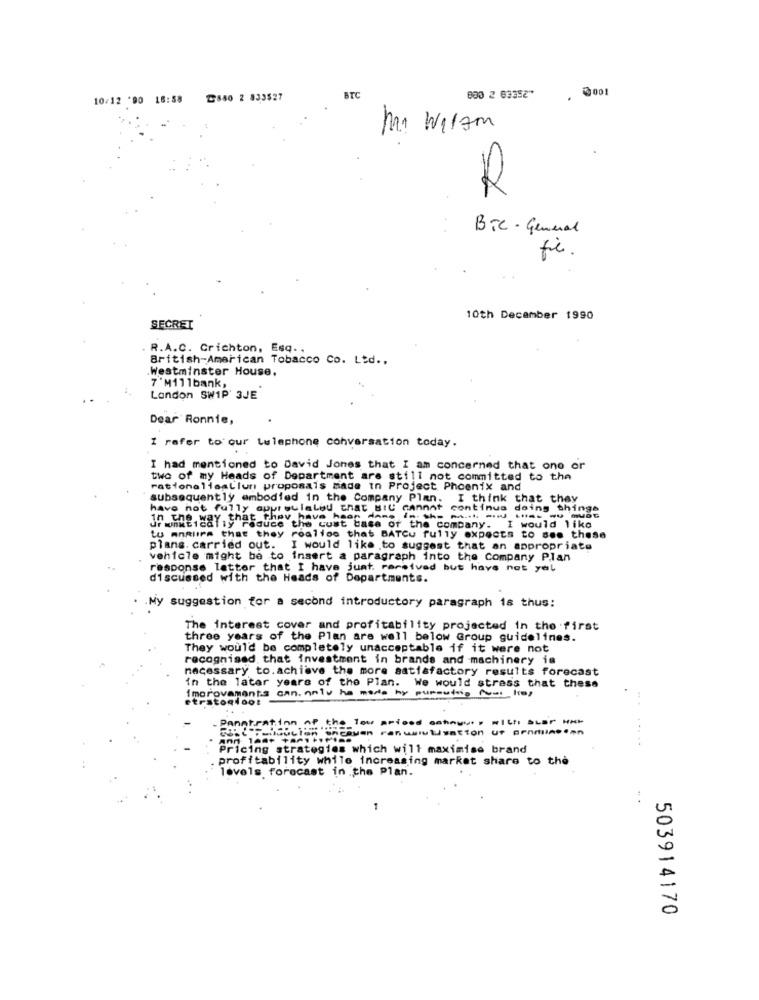
0001
10/12 '90 18:58
2840 2 833527
BTC
800 2 63352
.
Mi Wilam
BTC - General
fi.
10th December 1990
SECRET
R.A.C. Crichton, Esq ..
British-American Tobacco Co. Ltd ..
.Westminster House.
7 'M111bank,
Landon SW1P' 3JE
Dear Ronnie,
I refer to our Lulephone conversation today.
I had mentioned to David Jones that I am concerned that one or
two of my Heads of Department are still not committed to the
rationalisallun proposals made in Project Phoenix and
subsequently embodied in the Company Plan. I think that they
have not fully apprsulalbu that BIC cannot continue doing things
Jf wine, day . that they have been AAn
Sauce th
the cust base of the company.
would like
tu mnouirs that they roalion that BATCu fully expects to see these
plans. carried out.
I would like to suggest that an appropriate
vehicle might be to insert a paragraph into the Company Plan
response letter that I have just. rarsived but have not yel
discussed with the Heads of Departments.
My suggestion for a second introductory paragraph is thus:
The interest cover and profitability projected in the first
three years of the Plan are well below Group guidelines.
They would be completely unacceptable if it were not
recognised that investment in brands and machinery is
necessary to.achieve the more satisfactory results forecast
in the later years of the Plan. We would stress that these
Improvements can.aniu he made by pureutois fous los
etratonlool
Panstration of the low priced estoque, with star
Puoidicion incoven resumiutivation of ornilsson
And
.....
Pricing strategies which will maximise brand
profitability while increasing market share to the
levels forecast in the Plan.
. .
503914170